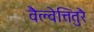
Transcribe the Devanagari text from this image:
वैल्वेत्तितुरै